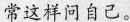
常这样问自己。